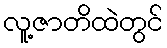
လူ့ဇာတိထဲတွင်